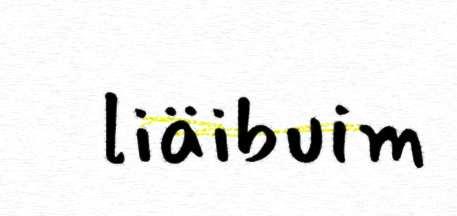
liäibuim